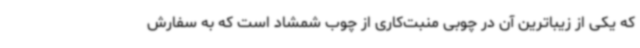
که یکی از زیباترین آن در چوبی منبت‌کاری از چوب شمشاد است که به سفارش